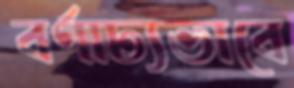
বর্ণাঢ্যভাবে